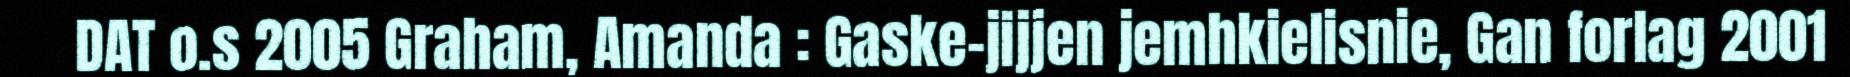
DAT o.s 2005 Graham, Amanda : Gaske-jijjen jemhkielisnie, Gan forlag 2001